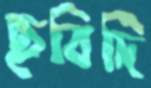
ছবিদি